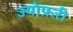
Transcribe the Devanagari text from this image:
ज्योफ़री